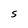
Character: S